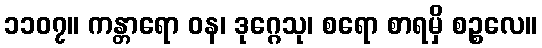
၁၁၀၇။ ကန္တာရော ဝန၊ ဒုဂ္ဂေသု၊ စရော စာရမှိ စဉ္စလေ။